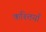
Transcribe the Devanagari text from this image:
कश्तियाँ